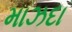
માઝદા